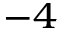
^ { - 4 }